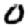
Digit: 0